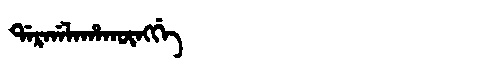
Manchu: ᡩᠠᡵᡤᠠᠯᠠᡥᠠᡴᡡᠩᡤᡝ
Romanization: DARGALAHAKŪNGGE